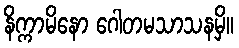
နိက္ကာမိနော ဂေါတမသာသနမှိ။